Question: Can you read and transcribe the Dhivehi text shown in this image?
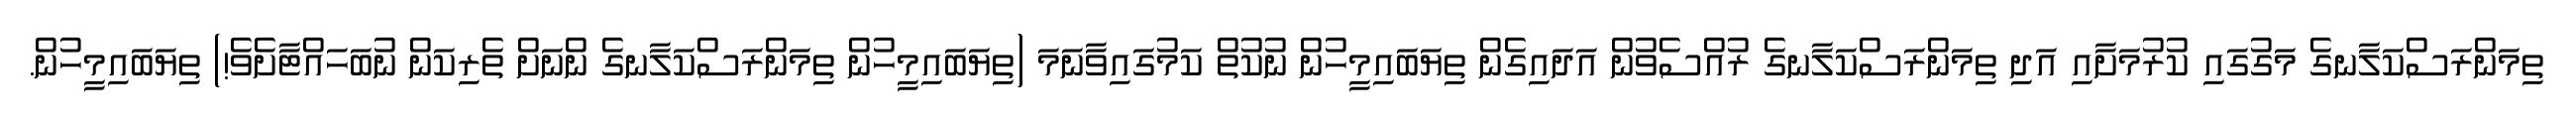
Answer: ތިމަންރަސްކަލާނގެ މަގުގައި ކުރުމަށާއި އަދި ތިމަންރަސްކަލާނގެ ރުއްސެވުން އަދައިގެން ތިޔަބައިމީހުން ނުކުތް ކަމުގައިވާނަމަ (ތިޔަބައިމީހުން ތިމަންރަސްކަލާނގެ ންނަށް ތެރިކަން ނުބަހައްޓާށެވެ!) ތިޔަބައިމީހުން.